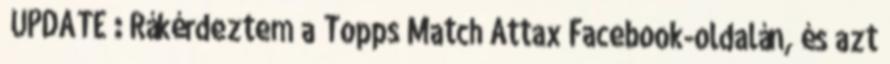
UPDATE : Rákérdeztem a Topps Match Attax Facebook-oldalán, és azt